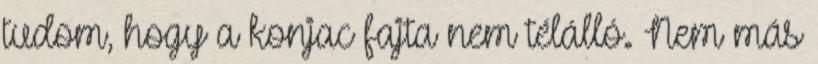
tudom, hogy a konjac fajta nem télálló. Nem más